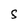
Character: S